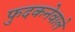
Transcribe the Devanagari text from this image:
फुदकनेवाले